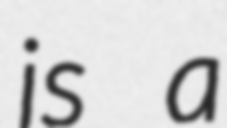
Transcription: is a